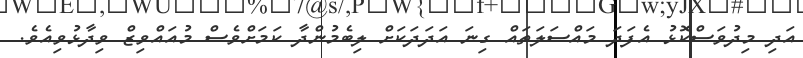
އަދި މިދުވަސްކޮޅު އެފަދަ މައްސަލަތައް ގިނަ އަދަދަކަށް ލިބެމުންދާ ކަަމަށްވެސް މުއައްވިޒް ވިދާޅުވިއެވެ.